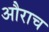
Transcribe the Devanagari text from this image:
औराच